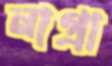
নাগ্রা